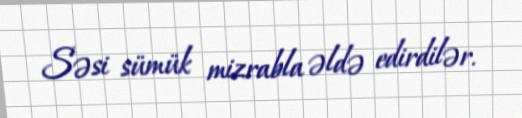
Səsi sümük mizrabla əldə edirdilər.